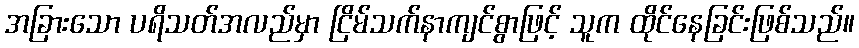
အခြားသော ပရိသတ်အလည်မှာ ငြိမ်သက်နာကျင်စွာဖြင့် သူက ထိုင်နေခြင်းဖြစ်သည်။